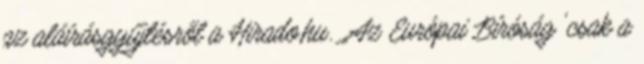
az aláírásgyűjtésről a Hirado.hu. „Az Európai Bíróság 'csak a